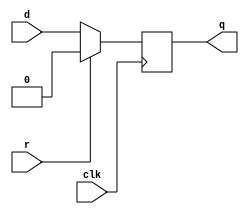
module top_module (
    input clk,
    input d, 
    input r,   // synchronous reset
    output q);

    always @(posedge clk) begin
        q = r ? 0 : d;
    end
    
endmodule